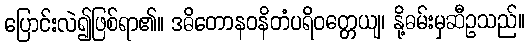
ပြောင်းလဲ၍ဖြစ်ရာ၏။ ဒဓိတောနဝနိတံပရိဝတ္တေယျ၊ နို့ဓမ်းမှဆီဥသည်။